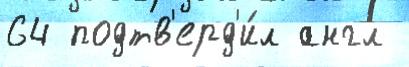
64 подтв'ерд'и́л англ